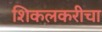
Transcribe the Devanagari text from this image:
शिकलकरीचा